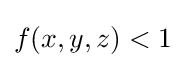
f(x,y,z)<1